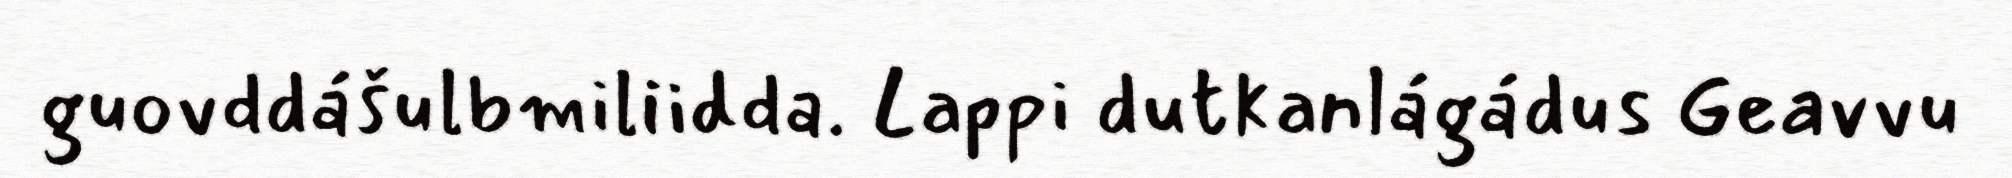
guovddášulbmiliidda. Lappi dutkanlágádus Geavvu